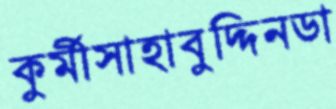
কুর্মীসাহাবুদ্দিনডা